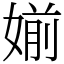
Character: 媊